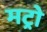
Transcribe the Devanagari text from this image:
मट्रो